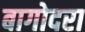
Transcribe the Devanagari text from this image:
बागोदरा